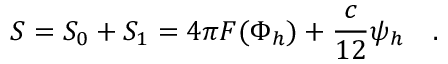
S = S _ { 0 } + S _ { 1 } = 4 \pi F ( \Phi _ { h } ) + { \frac { c } { 1 2 } } \psi _ { h } ~ ~ ~ .